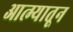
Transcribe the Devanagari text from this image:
आत्म्यातून